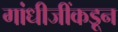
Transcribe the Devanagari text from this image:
गांधीजींकडून